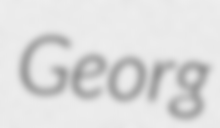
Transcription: Georg